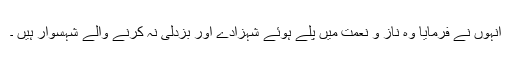
انہوں نے فرمایا وہ ناز و نعمت میں پلے ہوئے شہزادے اور بزدلی نہ کرنے والے شہسوار ہیں ۔